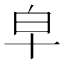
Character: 皁